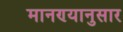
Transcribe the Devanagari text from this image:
मानण्यानुसार